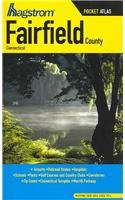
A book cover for Fairfield County, Connecticut Pocket Atlas; Travel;